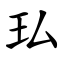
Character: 㺨